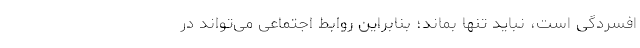
افسردگی است، نباید تنها بماند؛ بنابراین روابط اجتماعی می‌تواند در